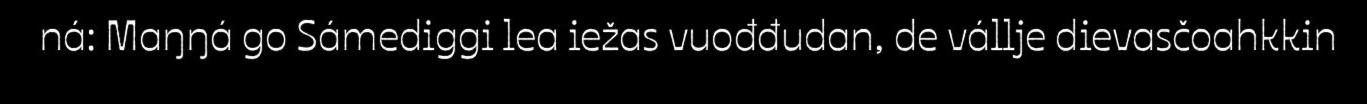
ná: Maŋŋá go Sámediggi lea iežas vuođđudan, de vállje dievasčoahkkin